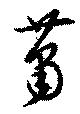
蕭